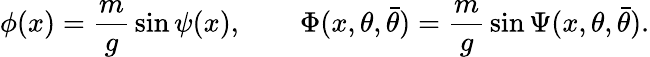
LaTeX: \phi(x)={\frac{m}{g}}\sin\psi(x),\qquad\Phi(x,\theta,\bar{\theta})={\frac{m}{g}}\sin\Psi(x,\theta,\bar{\theta}).